Treatise on elephants
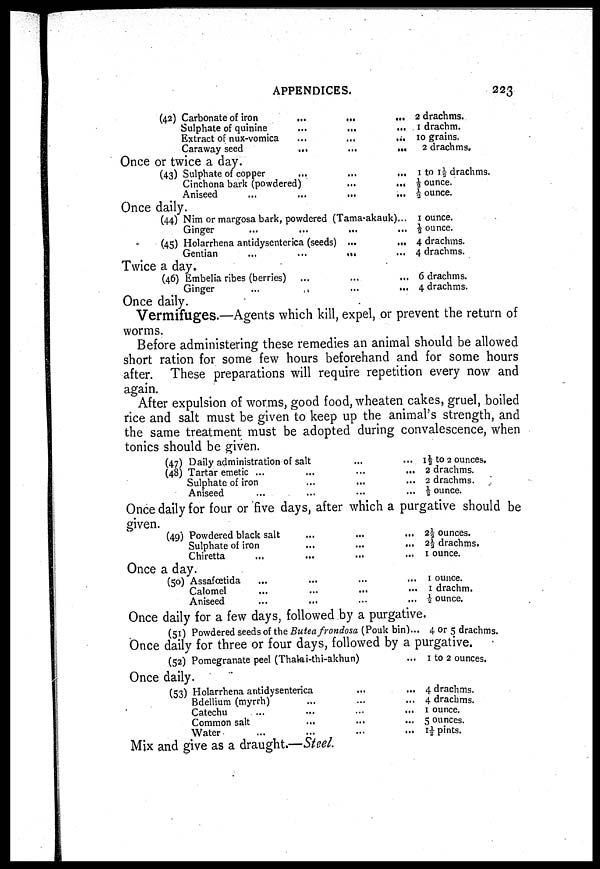
APPENDICES.
223
(42) Carbonate of
iron...
... ...
Sulphate of
quinine...
...
...
Extract of nux-vomica...
... ...
Caraway
seed...
...
...
2 drachms.
1 drachm.
10
grains.
2 drachms.
Once or twice a day.
(43) Sulphate of copper
...
...
...
Cinchona bark (powdered)
...
...
Aniseed ... ... ...
1 to 1⅓ drachms.
½ ounce.
⅓ ounce.
Once daily.
(44) Nim or margosa bark, powdered (Tama-akauk),..
Ginger
...
...
...
(45) Holarrhena antidysenterica (seeds)
...
...
Gentian
...
...
...
1 ounce.
½ ounce.
4 drachms.
4 drachms.
Twice a day.
(46) Embelia ribes (berries)
...
...
...
Ginger
...
...
...
6 drachms.
4 drachms.
Once daily.
Vermifuges.—Agents which kill, expel, or prevent the return of
worms.
Before administering these remedies an animal should be allowed
short ration for some few hours beforehand and for some hours
after. These preparations will require repetition every now and
again.
After expulsion of worms, good food, wheaten cakes, gruel, boiled
rice and salt must be given to keep up the animal's strength, and
the same treatment must be adopted during convalescence, when
tonics should be given.
(47) Daily administration of salt
... ...
(48) Tartar emetic ...
... ... ...
Sulphate of iron
... ... ...
Aniseed
...
... ... ...
1½ to 2 ounces.
2 drachms.
2 drachms.
½ ounce.
Once daily for four or five days, after which a purgative should be
given.
(49) Powdered black salt
...
...
...
Sulphate of iron
...
...
...
Chiretta
...
...
...
2½ ounces.
2½ drachms.
1 ounce.
Once a day.
(50) Assafœtida ... ... ...
Calomel ... ... ...
Aniseed ... ... ...
1 ounce.
1 drachm.
½ ounce.
Once daily for a few days, followed by a purgative.
(51) Powdered seeds of the Butea frondosa (Pouk bin)... 4 or 5 drachms.
Once daily for three or four days, followed by a purgative.
(52) Pomegranate peel (Thalai-thi-akhun)...
1 to 2 ounces.
Once daily.
(53) Holarrhena antidysenterica ... ...
Bdellium (myrrh) ... ... ...
Catechu ... ... ... ...
Common salt
...
...
...
Water ... ... ... ...
4 drachms.
4 drachms.
1 ounce.
5 ounces.
1½ pints.
Mix and give as a draught.—Steel.